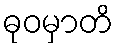
ဓုဝမှာတိ